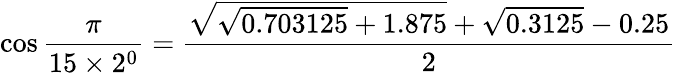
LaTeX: \cos{\frac{\pi}{15\times 2^{0}}}={\frac{{\sqrt{{\sqrt{0.703125}}+1.875}}+{\sqrt{0.3125}}-0.25}{2}}